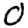
Digit: 0